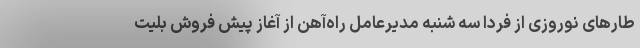
طارهای نوروزی از فردا سه شنبه مدیرعامل راه‌آهن از آغاز پیش فروش بلیت